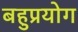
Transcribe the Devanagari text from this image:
बहुप्रयोग